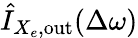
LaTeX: \hat{I}_{X_{e},\mathrm{out}}(\Delta\omega)